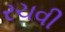
રચવી